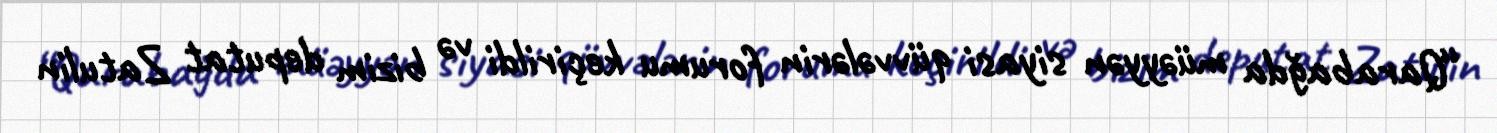
“Qarabağda müəyyən siyasi qüvvələrin forumu keçirildi və bizim deputat Zatulin